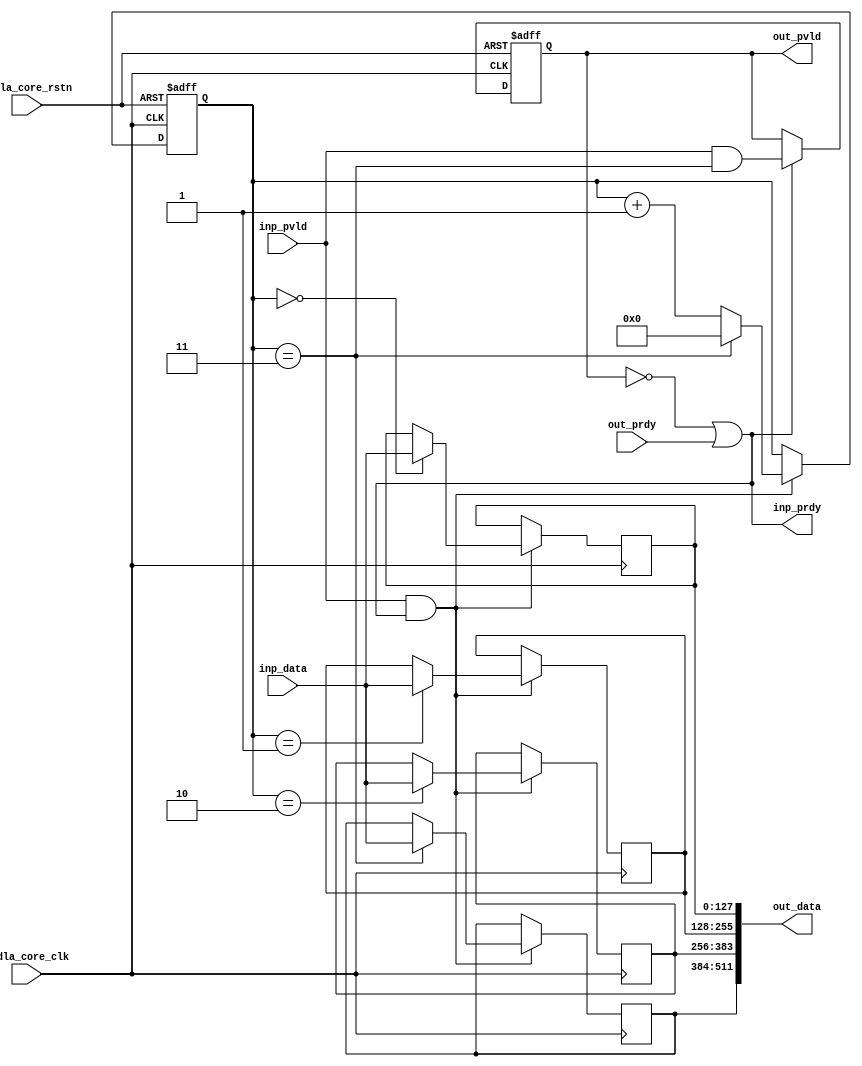
// ================================================================
// NVDLA Open Source Project
//
// Copyright(c) 2016 - 2017 NVIDIA Corporation. Licensed under the
// NVDLA Open Hardware License; Check "LICENSE" which comes with
// this distribution for more information.
// ================================================================
module NV_NVDLA_SDP_CORE_unpack (
   nvdla_core_clk
  ,nvdla_core_rstn
  ,inp_pvld
  ,inp_data
  ,inp_prdy
  ,out_pvld
  ,out_data
  ,out_prdy
);
parameter IW = 128;
parameter OW = 512;
parameter RATIO = OW/IW;
input nvdla_core_clk;
input nvdla_core_rstn;
input inp_pvld;
output inp_prdy;
input [IW-1:0] inp_data;
output out_pvld;
input out_prdy;
output [OW-1:0] out_data;
reg [3:0] pack_cnt;
reg pack_pvld;
wire pack_prdy;
wire inp_acc;
wire is_pack_last;
reg [IW-1:0] pack_seg0;
reg [IW-1:0] pack_seg1;
reg [IW-1:0] pack_seg2;
reg [IW-1:0] pack_seg3;
reg [IW-1:0] pack_seg4;
reg [IW-1:0] pack_seg5;
reg [IW-1:0] pack_seg6;
reg [IW-1:0] pack_seg7;
reg [IW-1:0] pack_seg8;
reg [IW-1:0] pack_seg9;
reg [IW-1:0] pack_sega;
reg [IW-1:0] pack_segb;
reg [IW-1:0] pack_segc;
reg [IW-1:0] pack_segd;
reg [IW-1:0] pack_sege;
reg [IW-1:0] pack_segf;
wire [16*IW-1:0] pack_total;
assign pack_prdy = out_prdy;
assign out_pvld = pack_pvld;
assign inp_prdy = (!pack_pvld) | pack_prdy ;
always @(posedge nvdla_core_clk or negedge nvdla_core_rstn) begin
  if (!nvdla_core_rstn) begin
    pack_pvld <= 1'b0;
  end
  else if ((inp_prdy) == 1'b1) begin
    pack_pvld <= inp_pvld & is_pack_last;
  end
end
assign inp_acc = inp_pvld & inp_prdy;
always @(posedge nvdla_core_clk or negedge nvdla_core_rstn) begin
  if (!nvdla_core_rstn) begin
    pack_cnt <= {4{1'b0}};
  end else begin
    if (inp_acc) begin
        if (is_pack_last) begin
            pack_cnt <= 0;
        end else begin
            pack_cnt <= pack_cnt + 1;
        end
    end
  end
end
assign is_pack_last = (pack_cnt==RATIO-1);
generate
if(RATIO == 1) begin
always @(posedge nvdla_core_clk) begin
  if (inp_acc) begin
    pack_seg0 <= inp_data;
  end
end
assign out_data = pack_seg0;
end
else if(RATIO == 2) begin
always @(posedge nvdla_core_clk) begin
  if (inp_acc) begin
    if (pack_cnt==4'h0) pack_seg0 <= inp_data;
    if (pack_cnt==4'h1) pack_seg1 <= inp_data;
  end
end
assign out_data = {pack_seg1 , pack_seg0};
end
else if(RATIO == 4) begin
always @(posedge nvdla_core_clk) begin
  if (inp_acc) begin
    if (pack_cnt==4'h0) pack_seg0 <= inp_data;
    if (pack_cnt==4'h1) pack_seg1 <= inp_data;
    if (pack_cnt==4'h2) pack_seg2 <= inp_data;
    if (pack_cnt==4'h3) pack_seg3 <= inp_data;
  end
end
assign out_data = {pack_seg3 , pack_seg2 , pack_seg1 , pack_seg0};
end
else if (RATIO == 8) begin
always @(posedge nvdla_core_clk) begin
  if (inp_acc) begin
    if (pack_cnt==4'h0) pack_seg0 <= inp_data;
    if (pack_cnt==4'h1) pack_seg1 <= inp_data;
    if (pack_cnt==4'h2) pack_seg2 <= inp_data;
    if (pack_cnt==4'h3) pack_seg3 <= inp_data;
    if (pack_cnt==4'h4) pack_seg4 <= inp_data;
    if (pack_cnt==4'h5) pack_seg5 <= inp_data;
    if (pack_cnt==4'h6) pack_seg6 <= inp_data;
    if (pack_cnt==4'h7) pack_seg7 <= inp_data;
  end
end
assign out_data = {pack_seg7 , pack_seg6 , pack_seg5 , pack_seg4,
                    pack_seg3 , pack_seg2 , pack_seg1 , pack_seg0};
end
else if (RATIO == 16) begin
always @(posedge nvdla_core_clk) begin
  if (inp_acc) begin
    if (pack_cnt==4'h0) pack_seg0 <= inp_data;
    if (pack_cnt==4'h1) pack_seg1 <= inp_data;
    if (pack_cnt==4'h2) pack_seg2 <= inp_data;
    if (pack_cnt==4'h3) pack_seg3 <= inp_data;
    if (pack_cnt==4'h4) pack_seg4 <= inp_data;
    if (pack_cnt==4'h5) pack_seg5 <= inp_data;
    if (pack_cnt==4'h6) pack_seg6 <= inp_data;
    if (pack_cnt==4'h7) pack_seg7 <= inp_data;
    if (pack_cnt==4'h8) pack_seg8 <= inp_data;
    if (pack_cnt==4'h9) pack_seg9 <= inp_data;
    if (pack_cnt==4'ha) pack_sega <= inp_data;
    if (pack_cnt==4'hb) pack_segb <= inp_data;
    if (pack_cnt==4'hc) pack_segc <= inp_data;
    if (pack_cnt==4'hd) pack_segd <= inp_data;
    if (pack_cnt==4'he) pack_sege <= inp_data;
    if (pack_cnt==4'hf) pack_segf <= inp_data;
  end
end
assign out_data = {pack_segf , pack_sege , pack_segd , pack_segc,
                    pack_segb , pack_sega , pack_seg9 , pack_seg8,
                    pack_seg7 , pack_seg6 , pack_seg5 , pack_seg4,
                    pack_seg3 , pack_seg2 , pack_seg1 , pack_seg0};
end
endgenerate
endmodule // NV_NVDLA_SDP_CORE_unpack